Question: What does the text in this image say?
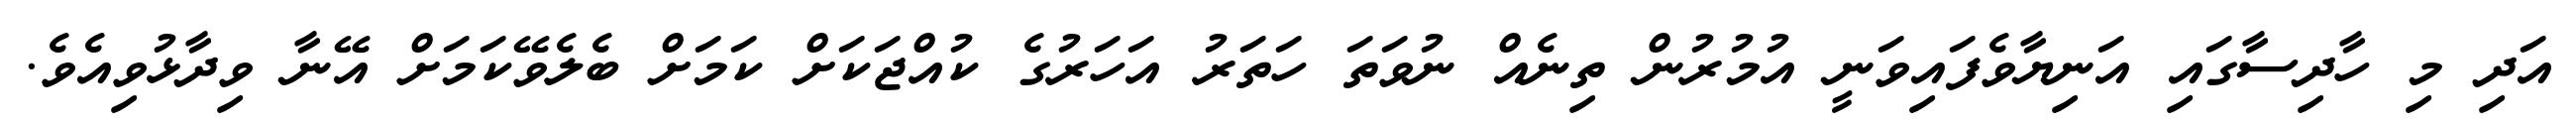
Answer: އަދި މި ހާދިސާގައި އަނިޔާވެފައިވަނީ އުމުރުން ތިނެއް ނުވަތަ ހަތަރު އަހަރުގެ ކުއްޖަކަށް ކަމަށް ބެލެވޭކަމަށް އޭނާ ވިދާޅުވިއެވެ.